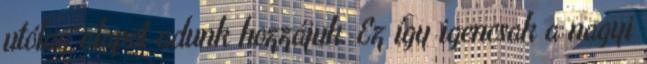
utólag alapot adunk hozzájuk. Ez így igencsak a nagyi